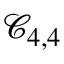
\mathcal { C } _ { 4 , 4 }